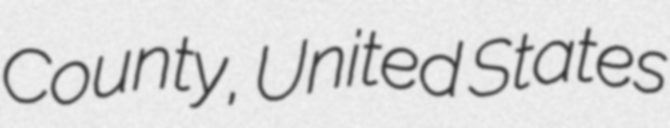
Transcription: County, United States